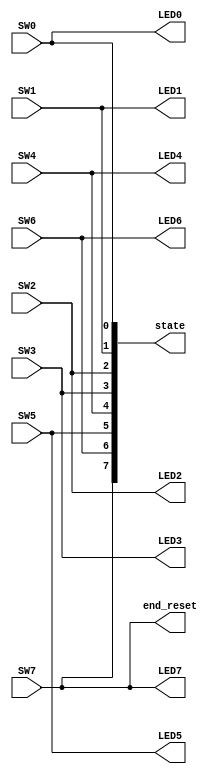
`timescale 1ns / 1ps
//////////////////////////////////////////////////////////////////////////////////
// Company: 
// Engineer: 
// 
// Design Name: 
// Module Name: PWM_tutorial
// Project Name: 
// Target Devices: 
// Tool Versions: 
// Description: 
// 
// Dependencies: 
// 
// Revision:
// Revision 0.01 - File Created
// Additional Comments:
// 
//////////////////////////////////////////////////////////////////////////////////


module PL1_DeliveryRover_InputControl(
    input SW0,SW1,SW2,SW3,SW4,SW5,SW6,SW7,
	
	output reg [7:0] state,
	output reg end_reset,
    
    output LED0,LED1,LED2,LED3,LED4,LED5,LED6,LED7
    );
        reg [7:0] lights;
        
        initial begin
			state = 0;
			lights = 0;
			end_reset = 0;
        end
        
        always @ (*) begin
			
			state = {SW7,SW6,SW5,SW4,SW3,SW2,SW1,SW0};
			end_reset = SW7;
			
			lights = {SW7,SW6,SW5,SW4,SW3,SW2,SW1,SW0};
        end
				
	assign LED0 = lights[0];
	assign LED1 = lights[1];
	assign LED2 = lights[2];
	assign LED3 = lights[3];
	assign LED4 = lights[4];
	assign LED5 = lights[5];
	assign LED6 = lights[6];
	assign LED7 = lights[7];                   
endmodule